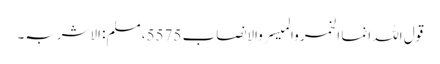
قول اللہ انما الخمر والمیسر والانصاب 5575، مسلم: الاشربہ۔